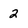
Character: 2